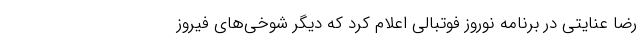
رضا عنایتی در برنامه نوروز فوتبالی اعلام کرد که دیگر شوخی‌های فیروز